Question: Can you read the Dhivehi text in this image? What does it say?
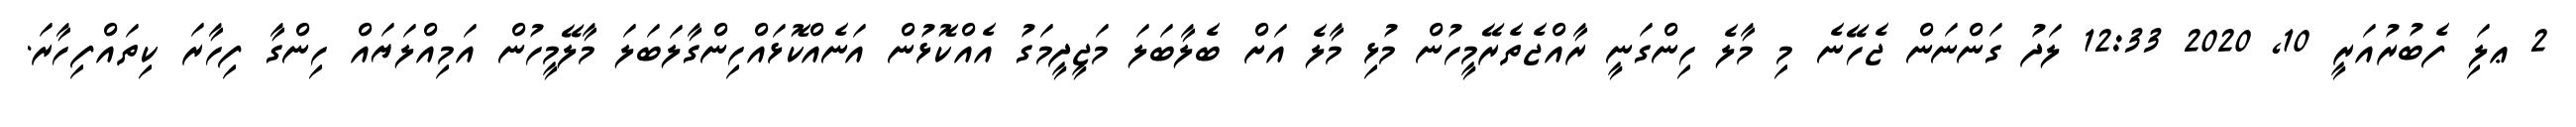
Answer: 2 ޢލަި ފެބުރުއަރީ 10, 2020 12:33 ލަދު ގަންނަން ޖެހޭނެ މި މާލެ ހިންގަނީ ރާއްޖެތެރޭމީހުން މުޅި މާލެ އަށް ބެލާބަލަ މަޖީދީމަގު އެއްކޮޅުން އަނެއްކޮޅައްހިންގާލަބަލަ މާލޭމީހުން އަމިއްލަޔައް ހިންގާ ފިހާރަ ކިތައްފިހާރަ.